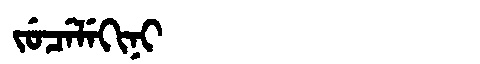
Manchu: ᠵᡠᠴᡝᠯᡝᡴᡳᠨᡳ
Romanization: JUCELEKINI